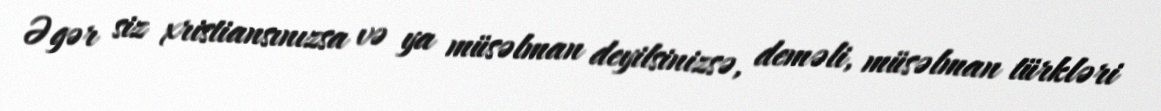
Əgər siz xristiansınızsa və ya müsəlman deyilsinizsə, deməli, müsəlman türkləri